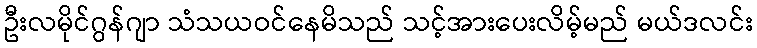
ဦးလမိုင်ဂွန်ဂျာ သံသယဝင်နေမိသည် သင့်အားပေးလိမ့်မည် မယ်ဒလင်း